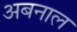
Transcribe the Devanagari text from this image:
अबनाल